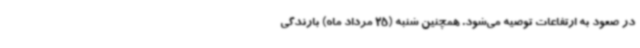
در صعود به ارتفاعات توصیه می‌شود. همچنین شنبه (25 مرداد ماه) بارندگی